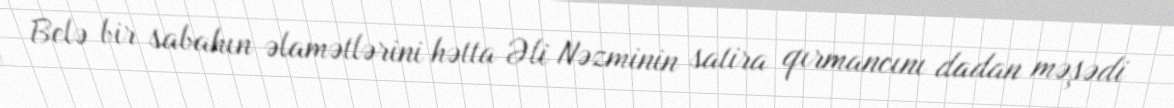
Belə bir sabahın əlamətlərini hətta Əli Nəzminin satira qırmancını dadan məşədi